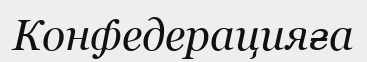
Конфедерацияға